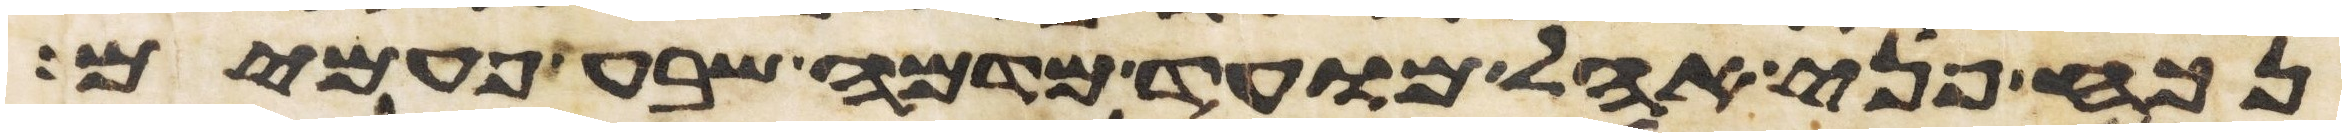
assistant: נכח פני אהל מועד מדמה שבע פעמים